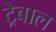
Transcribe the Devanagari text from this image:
ट्रेबाल